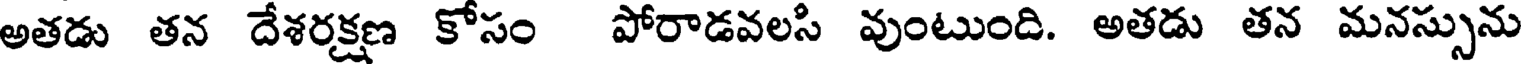
అతడు తన దేశరక్షణ కోసం పోరాడవలసి వుంటుంది. అతడు తన మనస్సును